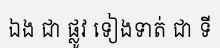
ឯង ជា ផ្លូវ ទៀងទាត់ ជា ទី